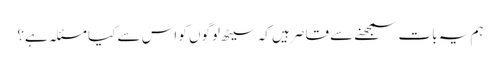
ہم یہ بات سمجھنے سے قاصر ہیں کہ سیٹھ لوگوں کو اس سے کیا مسئلہ ہے؟